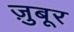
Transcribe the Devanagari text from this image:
ज़ुबूर